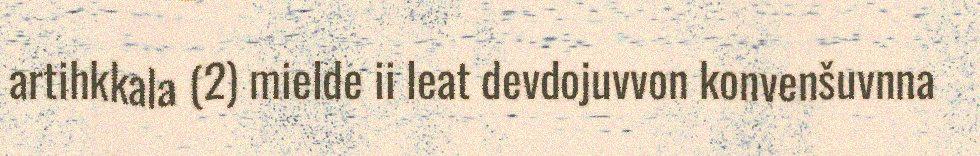
artihkkala (2) mielde ii leat devdojuvvon konvenšuvnna